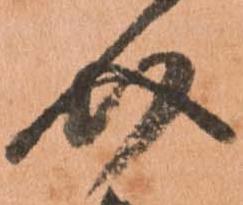
介